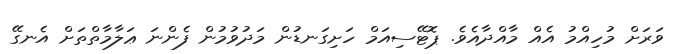
ވަރަށް މުހިއްމު އެއް މާއްދާއެވެ. ޕޮޓޭސިއަމް ހަށިގަނޑުން މަދުވުމުން ފެންނަ ޢަލާމާތްތަށް އެނގޭ